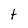
Character: t